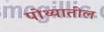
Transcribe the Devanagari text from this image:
पोथ्यातील